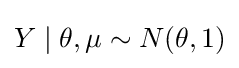
Y\mid \theta ,\mu \sim N(\theta ,1)